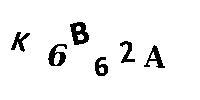
K6B62A